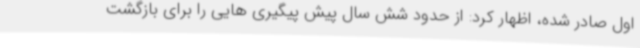
اول صادر شده، اظهار کرد: از حدود شش سال پیش پیگیری هایی را برای بازگشت